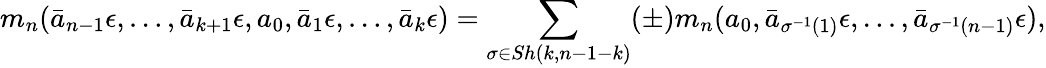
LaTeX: m_{n}(\bar{a}_{n-1}\epsilon,\dots,\bar{a}_{k+1}\epsilon,a_{0},\bar{a}_{1}\epsilon,\dots,\bar{a}_{k}\epsilon)=\sum_{\sigma\in Sh(k,n-1-k)}(\pm)m_{n}(a_{0},\bar{a}_{\sigma^{-1}(1)}\epsilon,\dots,\bar{a}_{\sigma^{-1}(n-1)}\epsilon),